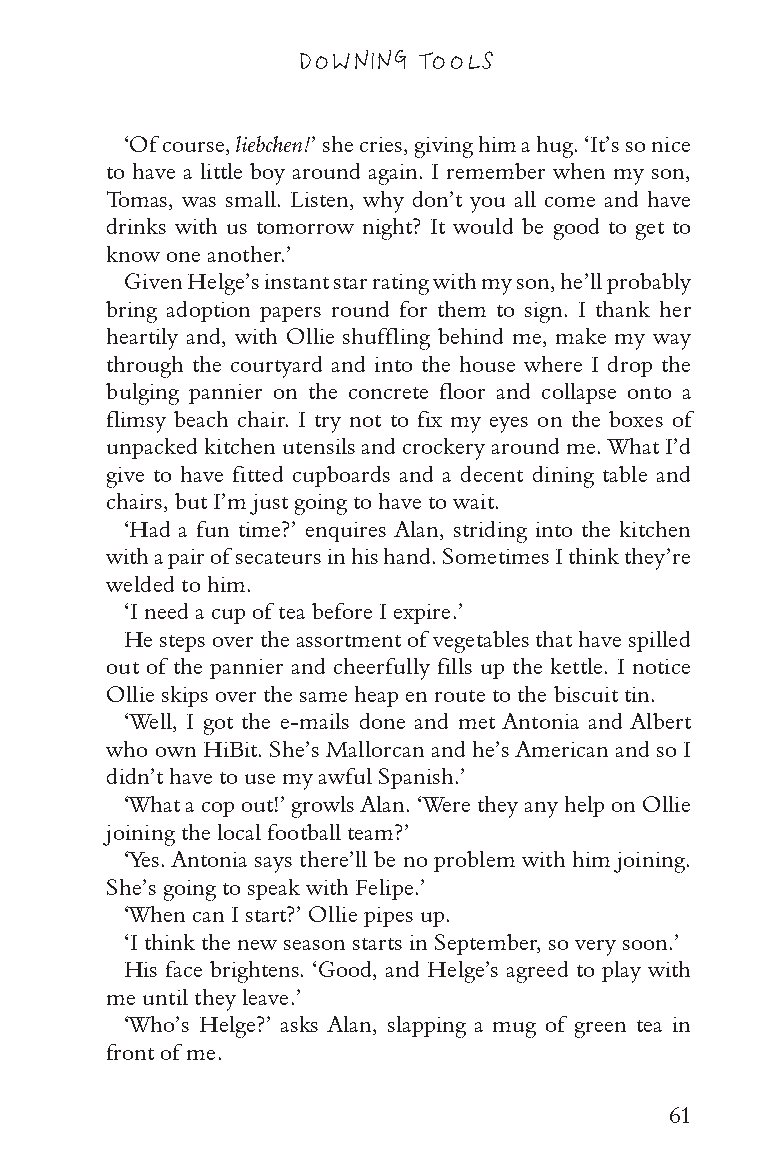
DOWNING TOOLS
 ‘Of course, liebchen!’ she cries, giving him a hug. ‘It’s so nice
 to have a little boy around again. I remember when my son,
 Tomas, was small. Listen, why don’t you all come and have
 drinks with us tomorrow night? It would be good to get to
 know one another.’
 Given Helge’s instant star rating with my son, he’ll probably
 bring adoption papers round for them to sign. I thank her
 heartily and, with Ollie shuffling behind me, make my way
 through the courtyard and into the house where I drop the
 bulging pannier on the concrete floor and collapse onto a
 flimsy beach chair. I try not to fix my eyes on the boxes of
 unpacked kitchen utensils and crockery around me. What I’d
 give to have fitted cupboards and a decent dining table and
 chairs, but I’m just going to have to wait.
 ‘Had a fun time?’ enquires Alan, striding into the kitchen
 with a pair of secateurs in his hand. Sometimes I think they’re
 welded to him.
 ‘I need a cup of tea before I expire.’
 He steps over the assortment of vegetables that have spilled
 out of the pannier and cheerfully fills up the kettle. I notice
 Ollie skips over the same heap en route to the biscuit tin.
 ‘Well, I got the e-mails done and met Antonia and Albert
 who own HiBit. She’s Mallorcan and he’s American and so I
 didn’t have to use my awful Spanish.’
 ‘What a cop out!’ growls Alan. ‘Were they any help on Ollie
 joining the local football team?’
 ‘Yes. Antonia says there’ll be no problem with him joining.
 She’s going to speak with Felipe.’
 ‘When can I start?’ Ollie pipes up.
 ‘I think the new season starts in September, so very soon.’
 His face brightens. ‘Good, and Helge’s agreed to play with
 me until they leave.’
 ‘Who’s Helge?’ asks Alan, slapping a mug of green tea in
 front of me.
 61